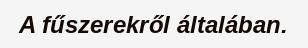
A fűszerekről általában.